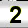
Digit: 2